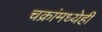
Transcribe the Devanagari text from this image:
चक्रांमध्येही